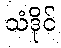
သံဒိုင်